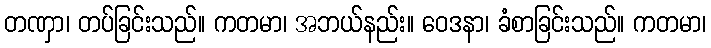
တဏှာ၊ တပ်ခြင်းသည်။ ကတမာ၊ အဘယ်နည်း။ ဝေဒနာ၊ ခံစာခြင်းသည်။ ကတမာ၊